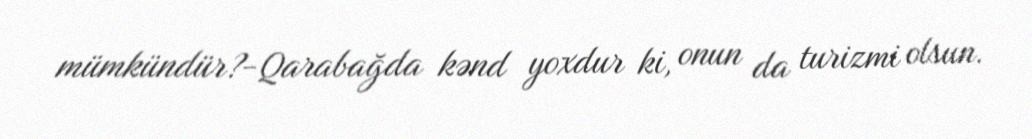
mümkündür?-Qarabağda kənd yoxdur ki, onun da turizmi olsun.